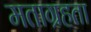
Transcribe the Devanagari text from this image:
मताग्रहता